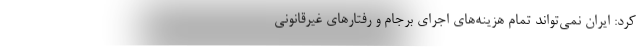
کرد: ایران نمی‌تواند تمام هزینه‌های اجرای برجام و رفتارهای غیرقانونی